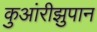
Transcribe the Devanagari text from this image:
कुआंरीझुपान